65_HS1-834228961_62-HQ-83894_Section_9
Agency: FBI
Page 99
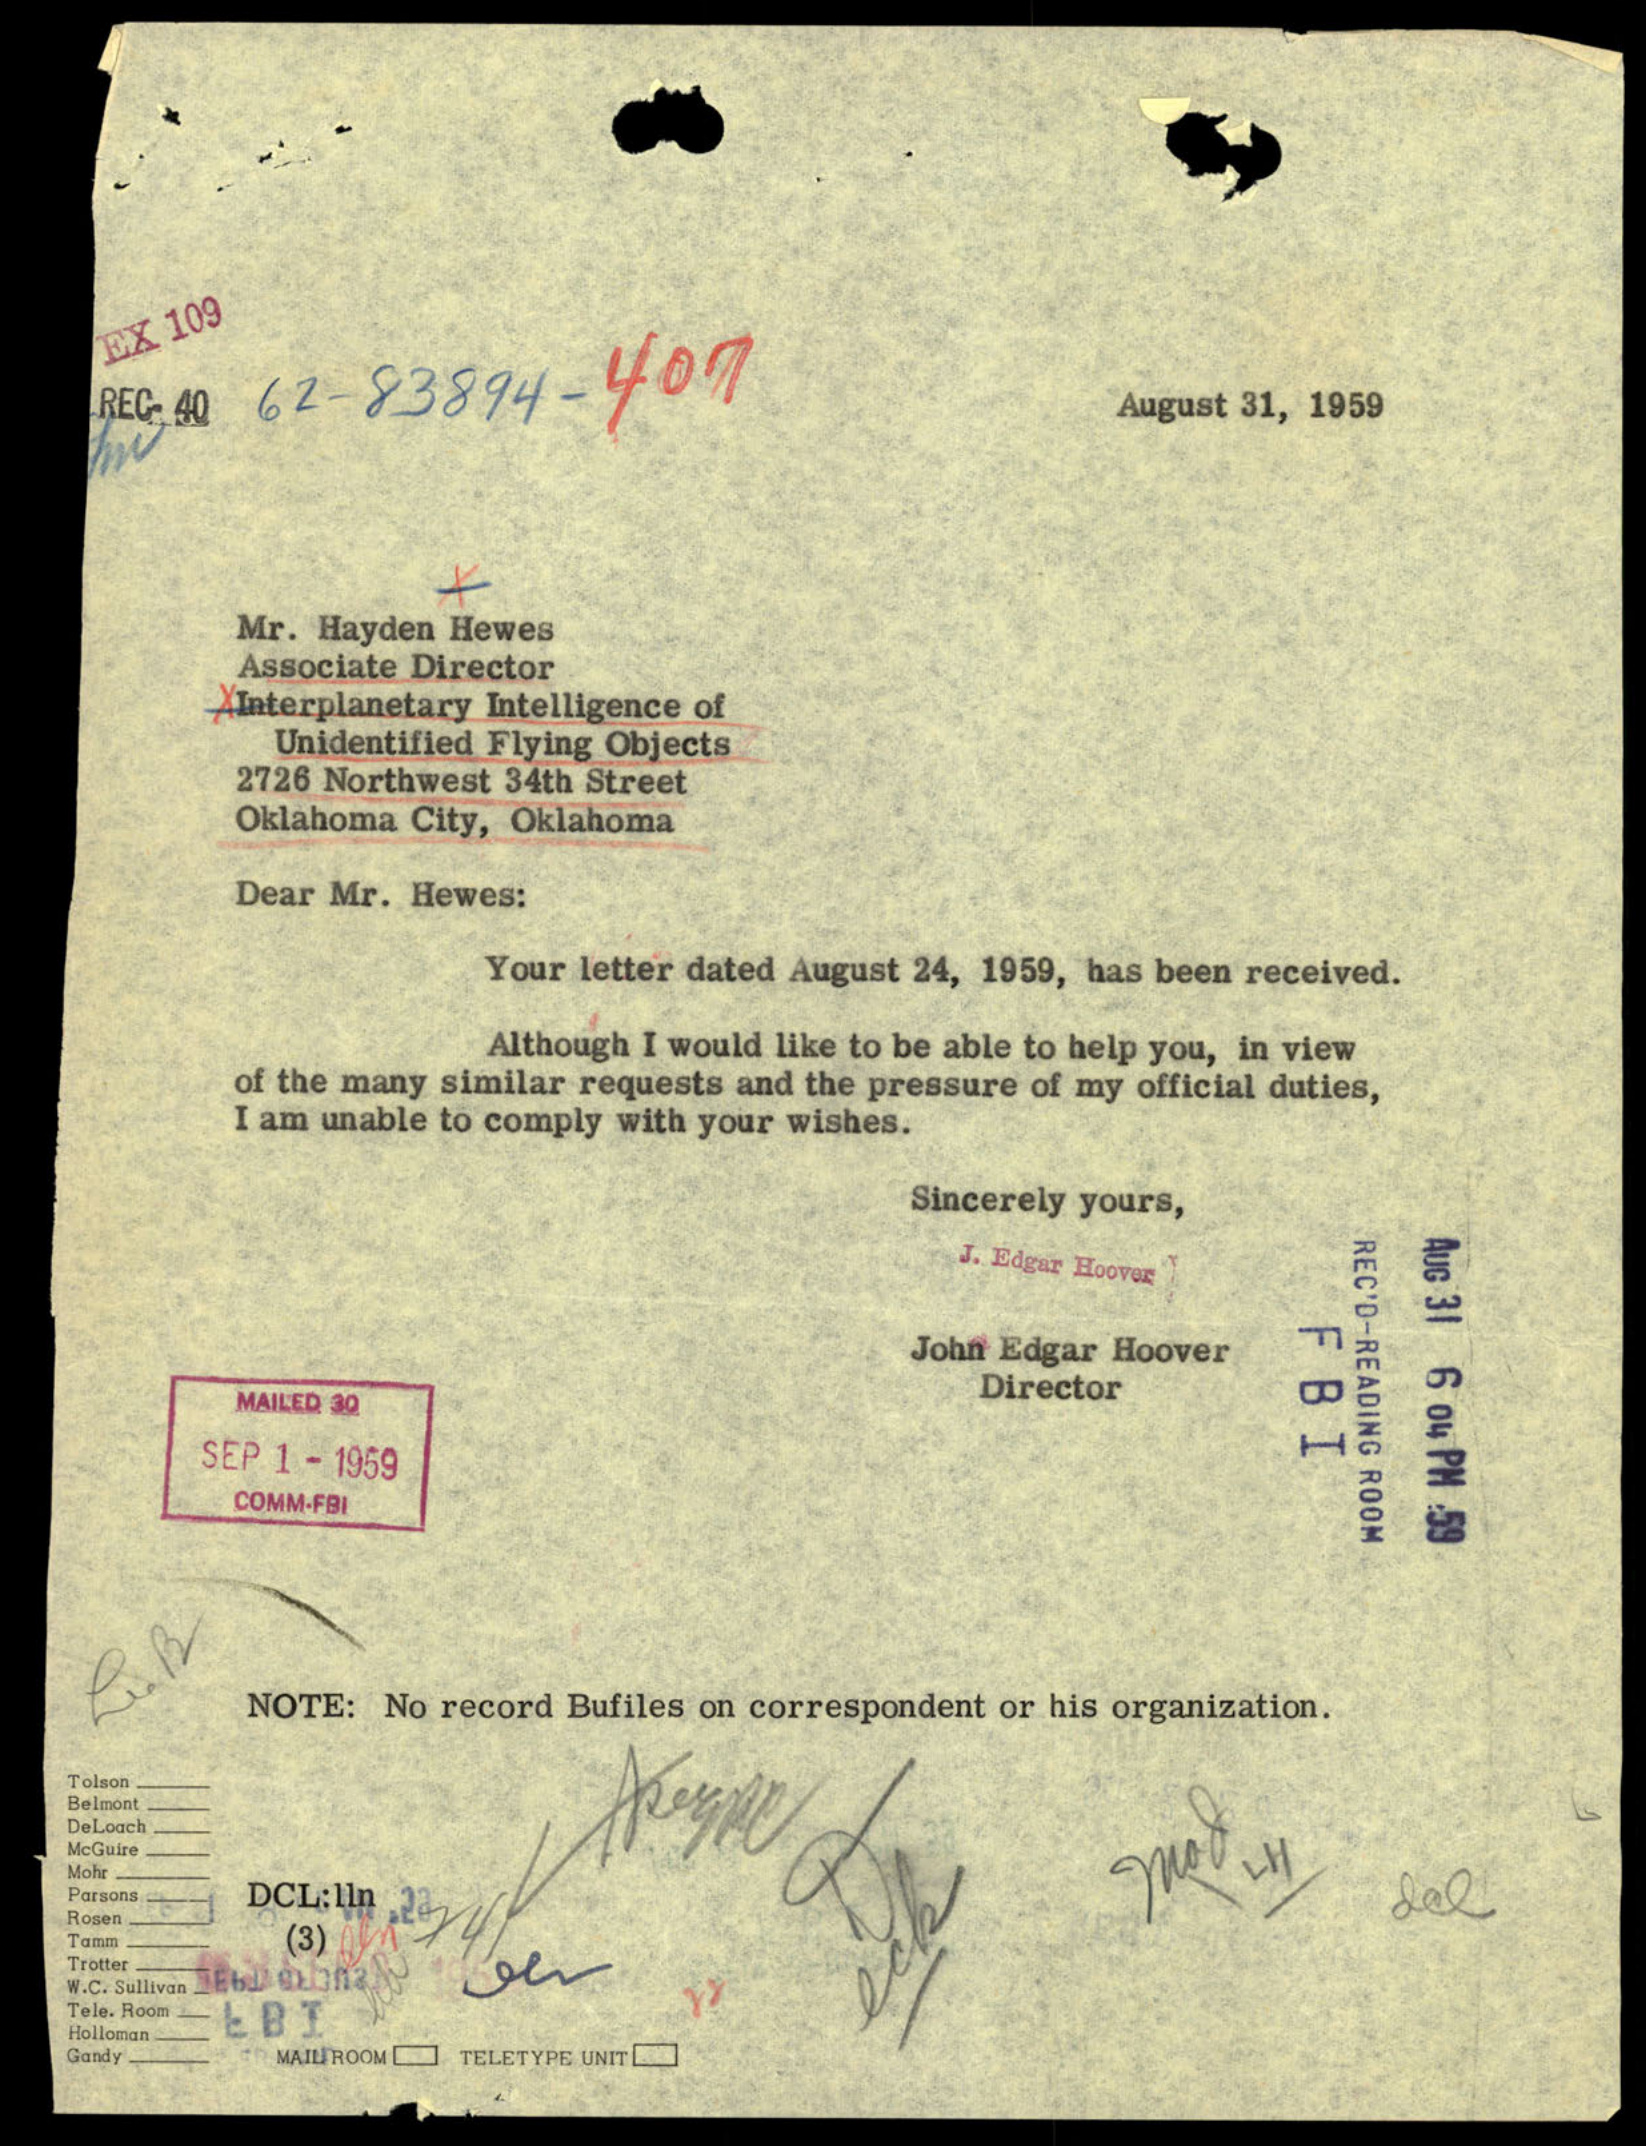